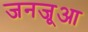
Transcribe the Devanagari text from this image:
जनजूआ